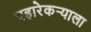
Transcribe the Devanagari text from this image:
पहारेकर्‍याला